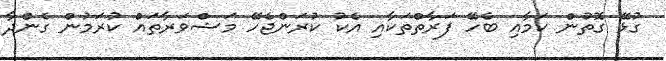
ގުޅޭ ގޮތުން ކަމާއި ބެހޭ ފަރާތްތަކާއި އެކު ކުރަންޖެހޭ މަޝްވަރާތައް ކުރަމުން ގެންދާ